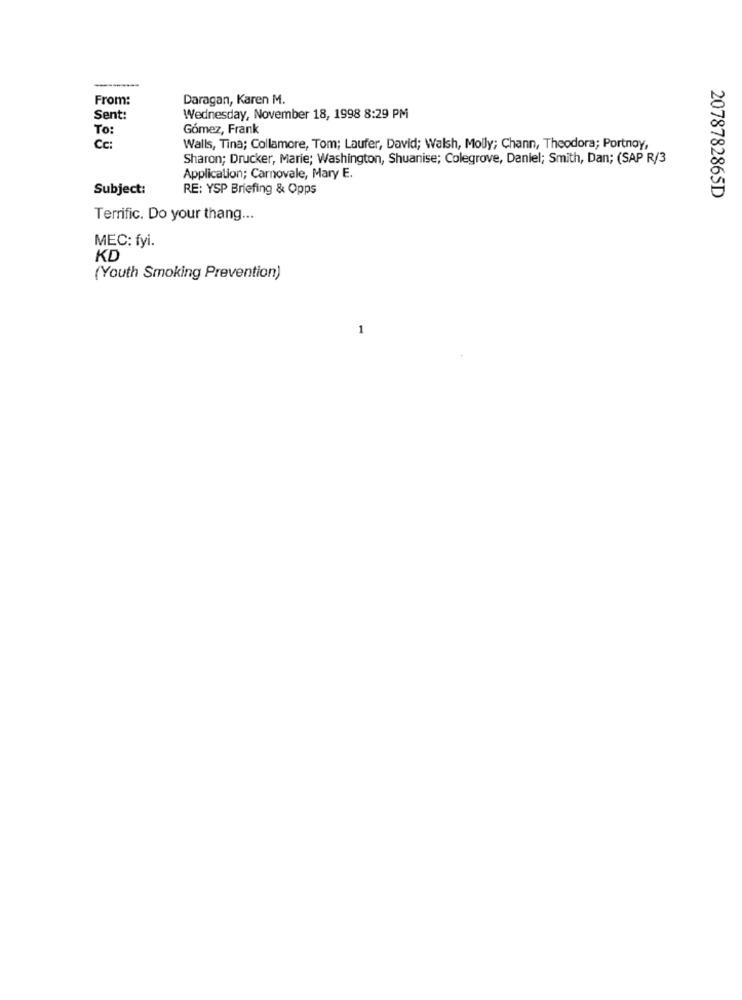
------
From:
Daragan, Karen M.
Sent:
Wednesday, November 18, 1998 8:29 PM
To:
Gómez, Frank
Cc:
Walls, Tina; Collamore, Tom; Laufer, David; Walsh, Molly; Chann, Theodora; Portnoy,
Sharon; Drucker, Marie; Washington, Shuanise; Colegrove, Daniel; Smith, Dan; (SAP R/3
Application; Carnovale, Mary E.
Subject:
RE: YSP Briefing & Opps
2078782865D
Terrific. Do your thang ...
MEC: fyi.
KD
(Youth Smoking Prevention)
1